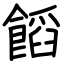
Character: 饀